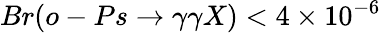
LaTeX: Br(o-Ps\rightarrow\gamma\gamma X)<4\times 10^{-6}